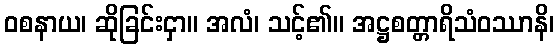
ဝစနာယ၊ ဆိုခြင်းငှာ။ အလံ၊ သင့်၏။ အဋ္ဌစတ္တာရိသံဝဿာနိ၊